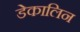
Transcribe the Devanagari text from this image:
डेकालिन